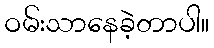
ဝမ်းသာနေခဲ့တာပါ။